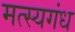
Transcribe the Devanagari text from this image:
मत्स्यगंध